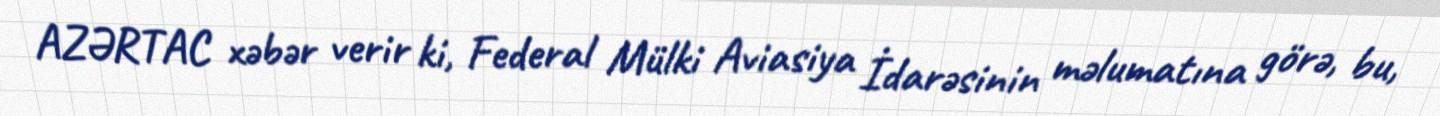
AZƏRTAC xəbər verir ki, Federal Mülki Aviasiya İdarəsinin məlumatına görə, bu,